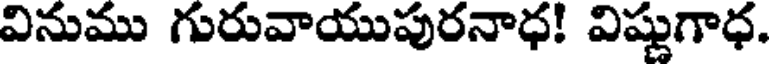
వినుము గురువాయుపురనాధ! విష్ణుగాధ.